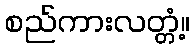
စည်ကားလတ္တံ့။